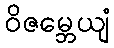
ဝိဇမ္ဘေယျံ